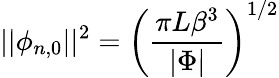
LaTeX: \vert\vert\phi_{n,0}\vert\vert^{2}=\left(\frac{\pi L\beta^{3}}{\vert\Phi\vert}\right)^{1/2}